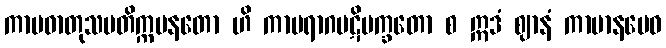
ကာမဓာတုသမတိက္ကမနတော ဟိ ကာမရာဂပဋိပက္ခတော စ ဣဒံ ဈာနံ ကာမာနမေဝ